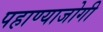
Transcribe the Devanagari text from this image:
पहाण्याजोगी